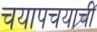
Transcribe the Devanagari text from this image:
चयापचयाची